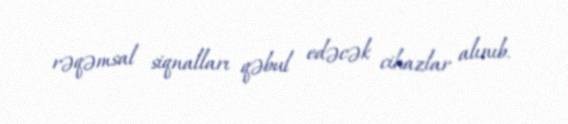
rəqəmsal siqnalları qəbul edəcək cihazlar alınıb.